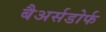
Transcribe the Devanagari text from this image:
बैअर्सडोर्फ